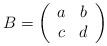
LaTeX: \begin{align*}B = \left( \begin{array}{cc} a & b \\ c & d \end{array} \right)\end{align*}